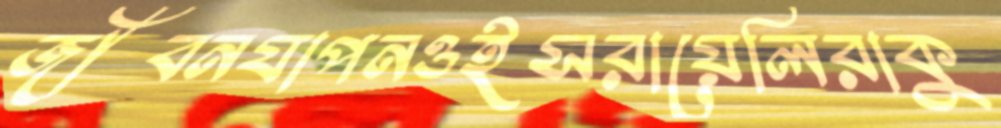
জীবনযাপনওইসরায়েলিরাকু